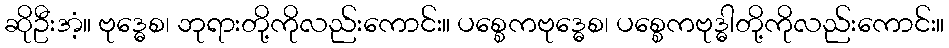
ဆိုဦးအံ့။ ဗုဒ္ဓေစ၊ ဘုရားတို့ကိုလည်းကောင်း။ ပစ္စေကဗုဒ္ဓေစ၊ ပစ္စေကဗုဒ္ဓါတို့ကိုလည်းကောင်း။